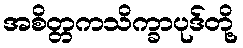
အစိတ္တကသိက္ခာပုဒ်တို့